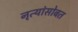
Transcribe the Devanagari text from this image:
नृत्यांसोबत